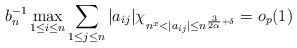
\begin{align*} b_n^{-1}\max_{1 \leq i \leq n}{\sum_{1 \leq j \leq n}{|a_{ij}|\chi_{n^x<|a_{ij}| \leq n^{\frac{3}{2\alpha}+\delta}}}}=o_p(1)\end{align*}